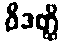
ဝိဒတ္ထိ